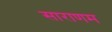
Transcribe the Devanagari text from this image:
साराणम